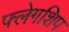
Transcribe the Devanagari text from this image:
फ्लेगशिप